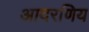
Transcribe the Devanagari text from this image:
आदरणिय